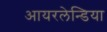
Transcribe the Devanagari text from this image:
आयरलेन्डिया